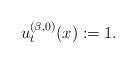
LaTeX: \begin{align*}u_t^{(\beta,0)}(x) :=1.\end{align*}